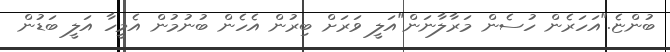
ބުންޏެ."އަހަރެން ހުސެން މަރާލާނަން"އަލީ ވަރަށް ބިރުން އެހެން ބުނުމުން އެމީހާ އަލީ ބަޑުން